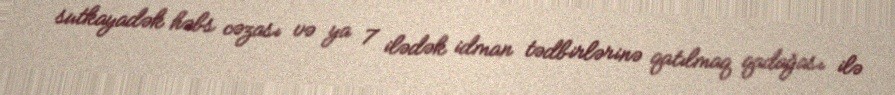
sutkayadək həbs cəzası və ya 7 ilədək idman tədbirlərinə qatılmaq qadağası ilə